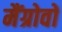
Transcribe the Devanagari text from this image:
मैंग्रोवों